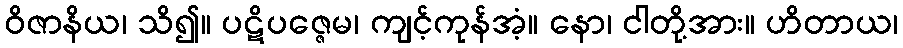
ဝိဇာနိယ၊ သိ၍။ ပဋိပဇ္ဇေမ၊ ကျင့်ကုန်အံ့။ နော၊ ငါတို့အား။ ဟိတာယ၊